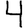
Digit: 4